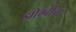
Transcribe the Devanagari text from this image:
झोम्बींचा